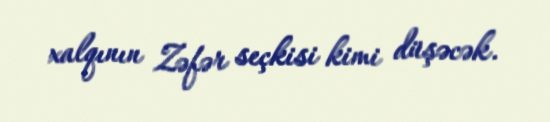
xalqının Zəfər seçkisi kimi düşəcək.